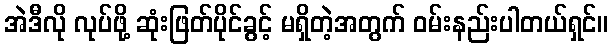
အဲဒီလို လုပ်ဖို့ ဆုံးဖြတ်ပိုင်ခွင့် မရှိတဲ့အတွက် ဝမ်းနည်းပါတယ်ရှင်။